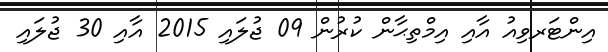
އިންޓަރވިއު އާއި އިމްތިޙާން ކުރުން 09 ޖުލައި 2015 އާއި 30 ޖުލައި